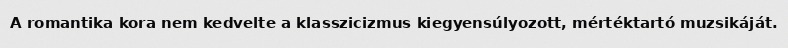
A romantika kora nem kedvelte a klasszicizmus kiegyensúlyozott, mértéktartó muzsikáját.